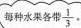
每种水果各带\frac{1}{3}.